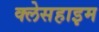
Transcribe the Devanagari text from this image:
क्लेसहाइम